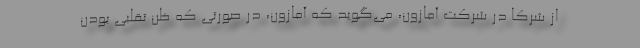
از شرکا در شرکت آمازون، می‌گوید که آمازون، در صورتی که ظن تقلبی بودن